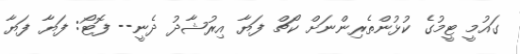
ގައުމީ ޓީމުގެ ކުޅުންތެރިންނަށް ކޯޗް ފަޔާ އިރުޝާދު ދެނީ-- ފޮޓޯ: ފަޔާ ފަޔާ